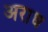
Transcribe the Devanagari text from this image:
अराध